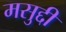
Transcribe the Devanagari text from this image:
मसुद्दी